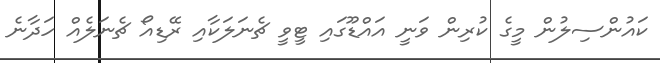
ކައުންސިލުން މީގެ ކުރިން ވަނީ އައްޑޫގައި ޓީވީ ޗެނަލަކާއި ރޭޑިއޯ ޗެނަލެއް ހަދާނެ